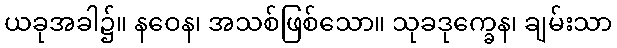
ယခုအခါ၌။ နဝေန၊ အသစ်ဖြစ်သော။ သုခဒုက္ခေန၊ ချမ်းသာ